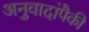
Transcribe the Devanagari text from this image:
अनुवादांपैकी